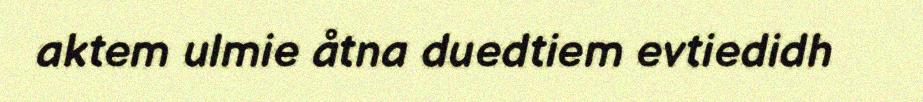
aktem ulmie åtna duedtiem evtiedidh